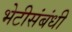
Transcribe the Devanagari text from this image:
भेटीसंबंधी